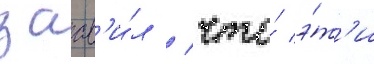
заав'и́л / что́ э́т'и